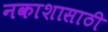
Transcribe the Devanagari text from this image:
नकाशासाठी